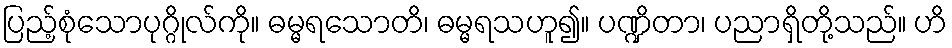
ပြည့်စုံသောပုဂ္ဂိုလ်ကို။ ဓမ္မရသောတိ၊ ဓမ္မရသဟူ၍။ ပဏ္ဍိတာ၊ ပညာရှိတို့သည်။ ဟိ